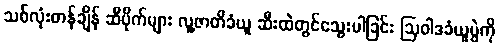
သစ်လုံးတန်ချိန် ဆီပိုက်များ လူ့ဇာတိခံယူ ဆီးထဲတွင်သွေးပါခြင်း ဩဝါဒခံယူပွဲကို